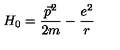
H _ { 0 } = \frac { \vec { p } ^ { 2 } } { 2 m } - \frac { e ^ { 2 } } { r }